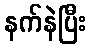
နက်နဲပြီး